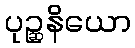
ပုဉ္ဆနိယော